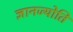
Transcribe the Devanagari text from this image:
ज्ञानज्योति